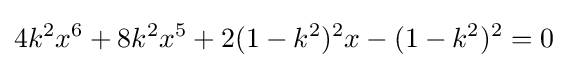
4k^{2}x^{6}+8k^{2}x^{5}+2(1-k^{2})^{2}x-(1-k^{2})^{2}=0